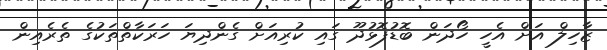
ޒާހިލް އަށް އެހީ ހޯދަން ބޮޑުފޮޅުދޫ ގައި ކުރިއަށް ގެންދިޔަ ހަރަކާތްތަކުގެ ތެރެއިން